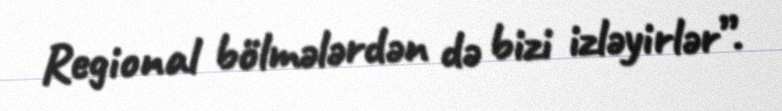
Regional bölmələrdən də bizi izləyirlər”.